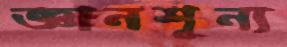
জ্ঞানশূন্য